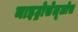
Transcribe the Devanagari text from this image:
नाइट्रोसेलूलोस